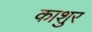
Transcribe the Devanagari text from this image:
काशुर